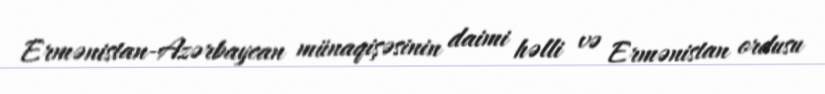
Ermənistan-Azərbaycan münaqişəsinin daimi həlli və Ermənistan ordusu